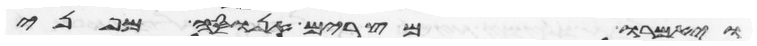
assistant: ויאמרו מצרים אנוסה מפני